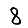
Digit: 8